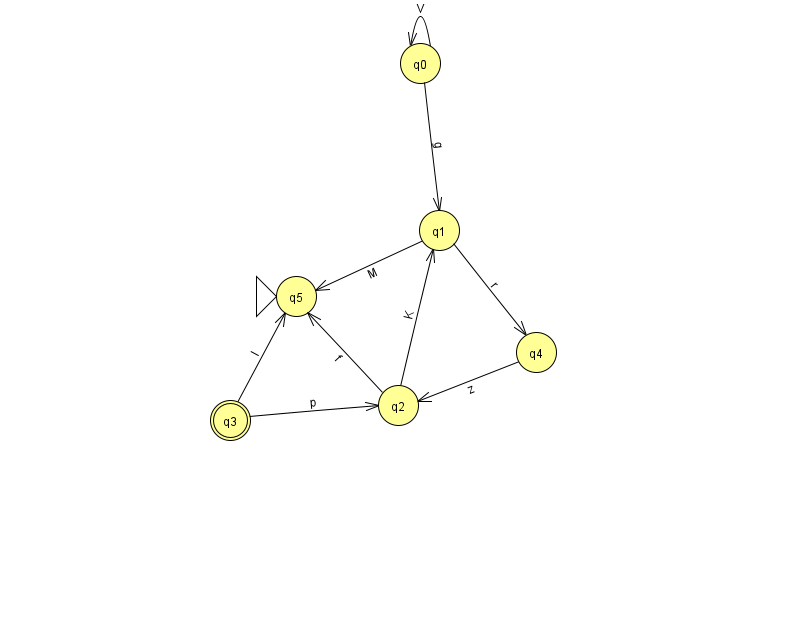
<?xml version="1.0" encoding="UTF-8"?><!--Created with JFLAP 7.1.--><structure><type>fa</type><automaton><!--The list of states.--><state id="0" name="q0"><x>420.0</x><y>50.0</y></state><state id="1" name="q1"><x>439.0</x><y>217.0</y></state><state id="2" name="q2"><x>398.0</x><y>392.0</y></state><state id="3" name="q3"><x>230.0</x><y>407.0</y><final/></state><state id="4" name="q4"><x>536.0</x><y>339.0</y></state><state id="5" name="q5"><x>296.0</x><y>283.0</y><initial/></state><!--The list of transitions.--><transition><from>1</from><to>4</to><read>r</read></transition><transition><from>0</from><to>0</to><read>V</read></transition><transition><from>2</from><to>5</to><read>f</read></transition><transition><from>3</from><to>2</to><read>p</read></transition><transition><from>1</from><to>5</to><read>M</read></transition><transition><from>4</from><to>2</to><read>z</read></transition><transition><from>0</from><to>1</to><read>g</read></transition><transition><from>2</from><to>1</to><read>K</read></transition><transition><from>3</from><to>5</to><read>I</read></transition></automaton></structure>